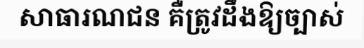
សាធារណជន គឺត្រូវដឹងឱ្យច្បាស់